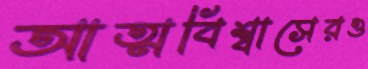
আত্মবিশ্বাসেরও